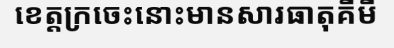
ខេត្តក្រចេះនោះមានសារធាតុគីមី